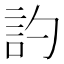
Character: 訋